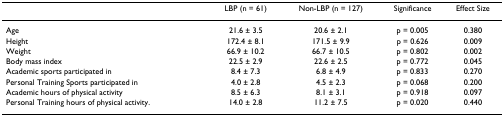
|  | LBP (n = 61) | Non-LBP (n = 127) | Significance | Effect Size |
 | --- | --- | --- | --- | --- |
 | Age | 21.6 ± 3.5 | 20.6 ± 2.1 | p = 0.005 | 0.380 |
 | Height | 172.4 ± 8.1 | 171.5 ± 9.9 | p = 0.626 | 0.009 |
 | Weight | 66.9 ± 10.2 | 66.7 ± 10.5 | p = 0.802 | 0.002 |
 | Body mass index | 22.5 ± 2.9 | 22.6 ± 2.5 | p = 0.772 | 0.045 |
 | Academic sports participated in | 8.4 ± 7.3 | 6.8 ± 4.9 | p = 0.833 | 0.270 |
 | Personal Training Sports participated in | 4.0 ± 2.8 | 4.5 ± 2.3 | p = 0.068 | 0.200 |
 | Academic hours of physical activity | 8.5 ± 6.3 | 8.1 ± 3.1 | p = 0.918 | 0.097 |
 | Personal Training hours of physical activity. | 14.0 ± 2.8 | 11.2 ± 7.5 | p = 0.020 | 0.440 |